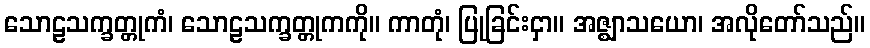
သောဠသက္ခတ္တုကံ၊ သောဠသက္ခတ္တုကကို။ ကာတုံ၊ ပြုခြင်းငှာ။ အဇ္ဈာသယော၊ အလိုတော်သည်။